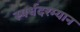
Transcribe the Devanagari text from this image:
स्पर्धदरम्यान